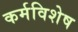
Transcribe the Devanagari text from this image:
कर्मविशेष